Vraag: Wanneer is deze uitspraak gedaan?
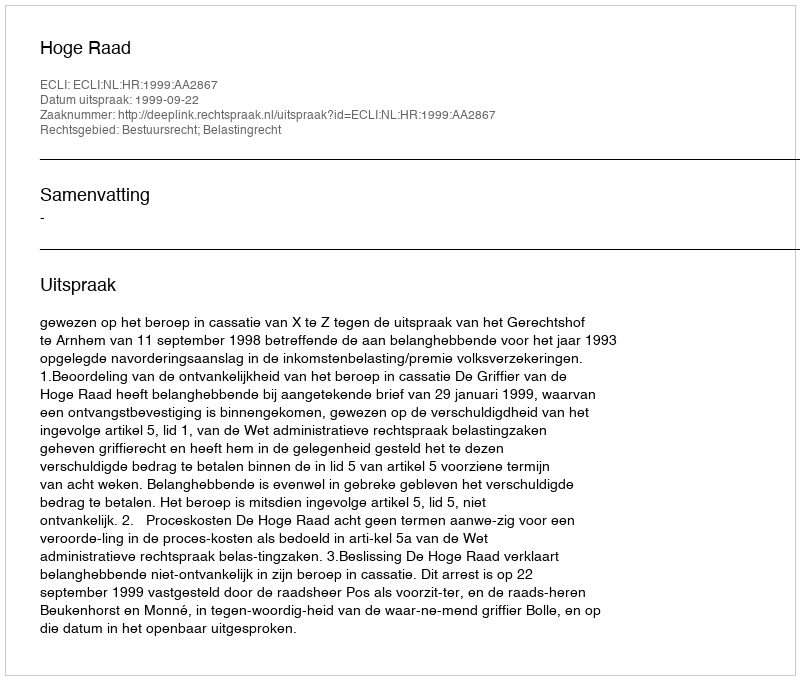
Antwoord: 1999-09-22